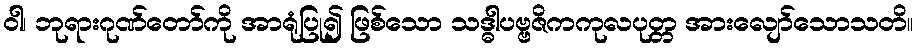
ဝါ၊ ဘုရားဂုဏ်တော်ကို အာရုံပြု၍ ဖြစ်သော သဒ္ဓါပဗ္ဗဇိကကုလပုတ္တ အားလျော်သောသတိ။